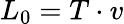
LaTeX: L_{0}=T\cdot v